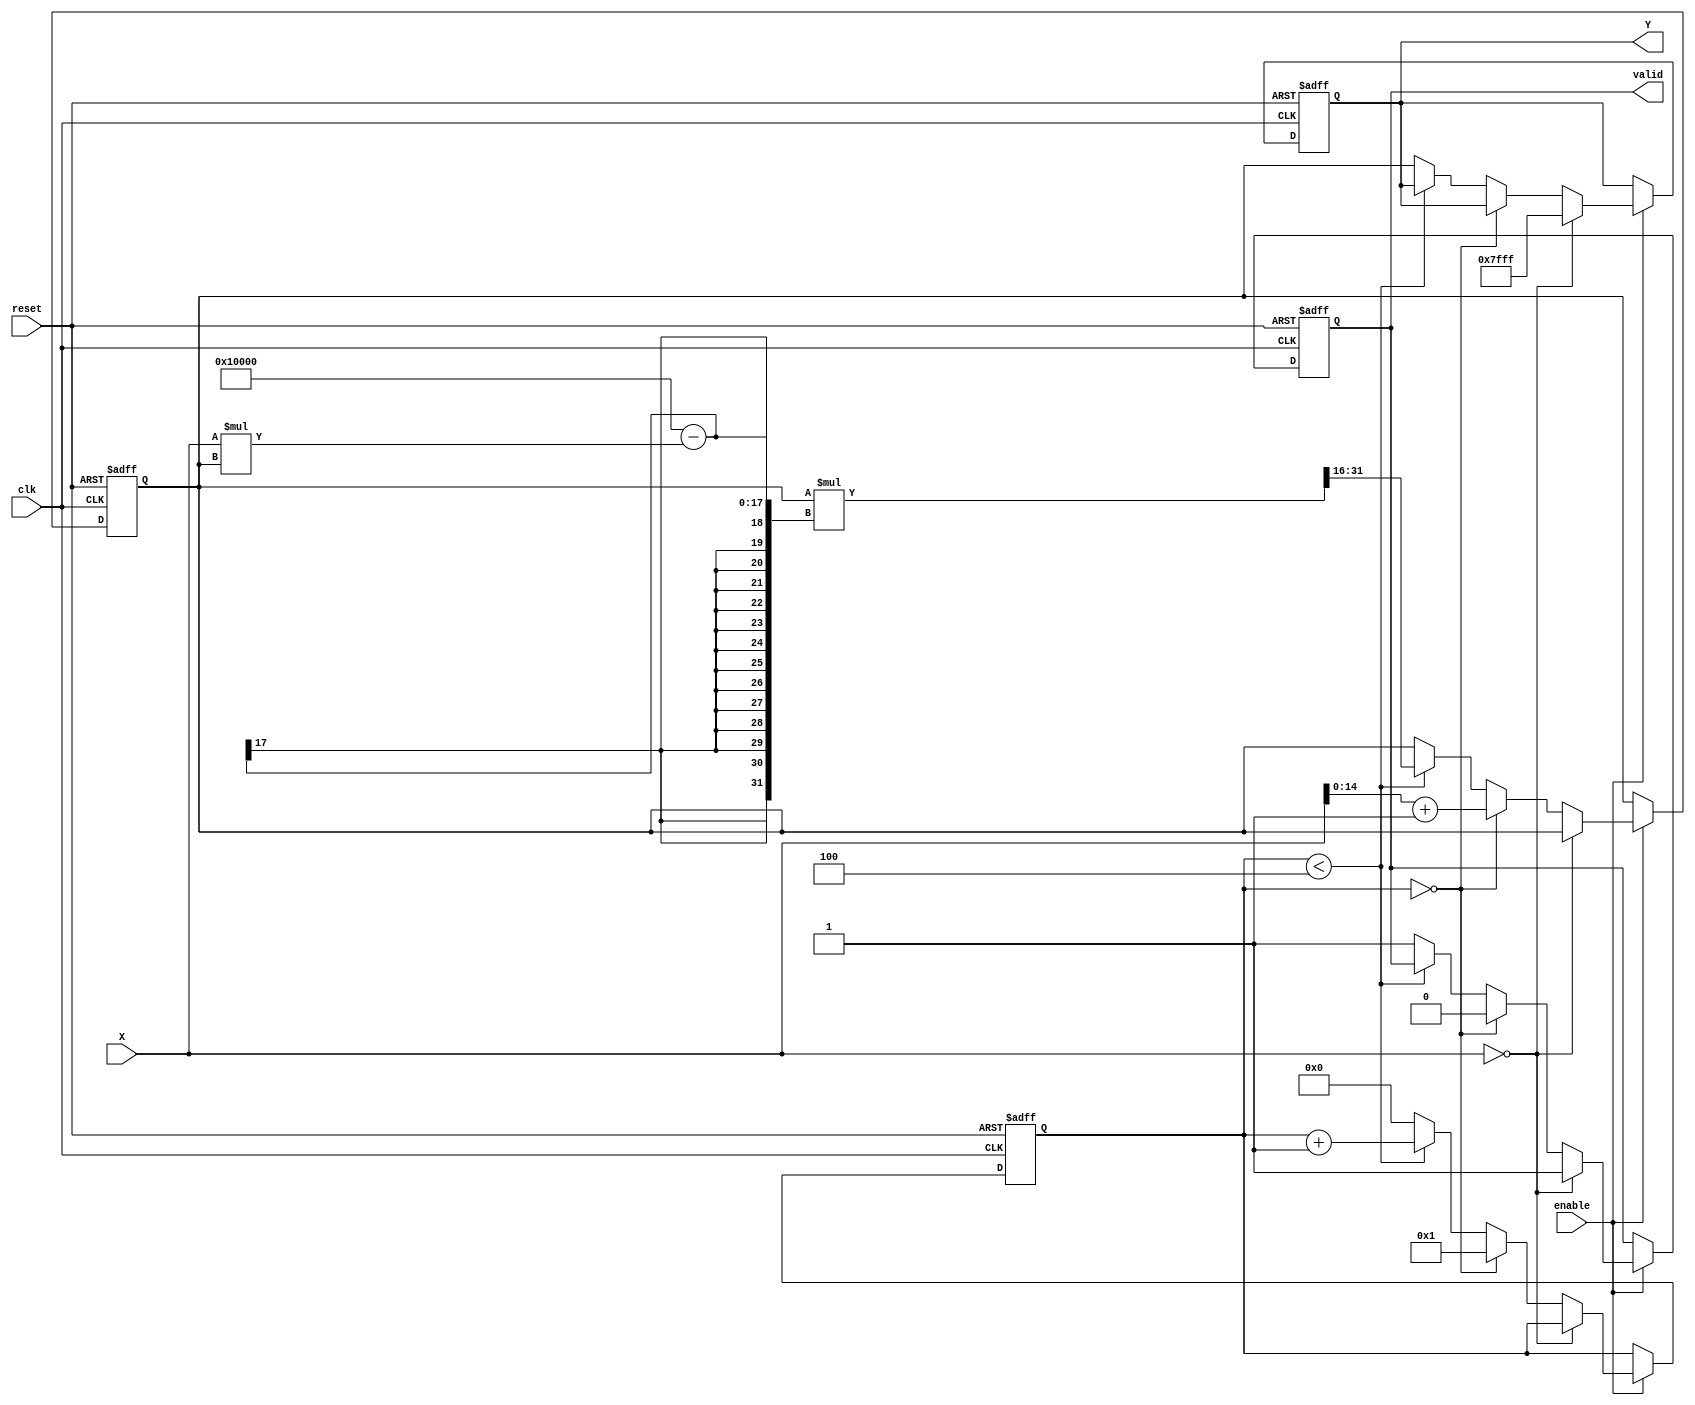
module binary_fractional_reciprocal #(
    parameter N = 16 // Total width including the integer part
) (
    input wire clk,
    input wire reset,
    input wire enable,
    input wire [N-1:0] X, // Input data (fixed-point format)
    output reg [N-1:0] Y,  // Output data (reciprocal in fixed-point format)
    output reg valid       // Output valid signal
);

    reg [N-1:0] approx; // Intermediate approximation
    reg [N-1:0] temp;   // Temporary variable for calculations
    reg [N-1:0] X_inv;  // Inverse of X
    reg [3:0] iteration; // Iteration counter

    // Define constants
    localparam MAX_VALUE = {1'b0, {N-1{1'b1}}}; // Maximum value for saturated output

    always @(posedge clk or posedge reset) begin
        if (reset) begin
            Y <= 0;
            valid <= 0;
            approx <= 0;
            iteration <= 0;
        end else if (enable) begin
            if (X == 0) begin
                // Handle division by zero
                Y <= MAX_VALUE; // or assign a specific error code
                valid <= 1;
            end else if (iteration == 0) begin
                // Initialize approximation
                approx <= {1'b0, X[N-2:0]} + 1; // Initial guess (1 + X)
                iteration <= 1; // Start first iteration
                valid <= 0; // Output not valid yet
            end else if (iteration < 4) begin // Use 4 iterations for better precision
                // Newton-Raphson method: approx = approx * (2 - X * approx)
                temp = X * approx; // temp = X * approx
                approx = approx * (2 ** N - temp) >> N; // Shift right to maintain fixed-point
                iteration <= iteration + 1; // Increment iteration
            end else begin
                // Final approximation after iterations
                Y <= approx;
                valid <= 1; // Output is valid now
                iteration <= 0; // Reset iteration counter for next input
            end
        end
    end
endmodule